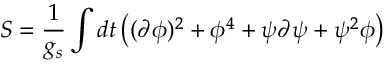
S = { \frac { 1 } { g _ { s } } } \int d t \left( ( \partial \phi ) ^ { 2 } + \phi ^ { 4 } + \psi \partial \psi + \psi ^ { 2 } \phi \right)